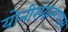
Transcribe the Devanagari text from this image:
योनीसंक्रमणास